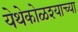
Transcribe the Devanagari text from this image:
येथेकोळश्याच्या